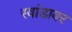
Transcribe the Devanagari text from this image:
रवांडावर